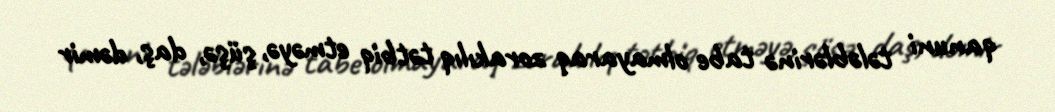
qanuni tələblərinə tabe olmayaraq zorakılıq tətbiq etməyə, şüşə, daş, dəmir